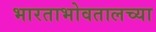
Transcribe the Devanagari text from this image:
भारताभोवतालच्या